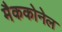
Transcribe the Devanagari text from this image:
मैककोनेल